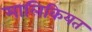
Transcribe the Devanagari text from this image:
मालिकियत